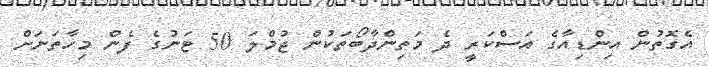
އެގޮތުން އިންޑިއާގެ އަސްކަރީ ދެ މަތިންދާބޯތަކުން ޖުމްލަ 50 ޓަނުގެ ފެން މިހާތަނަށް